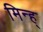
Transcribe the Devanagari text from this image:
मिन्ह्